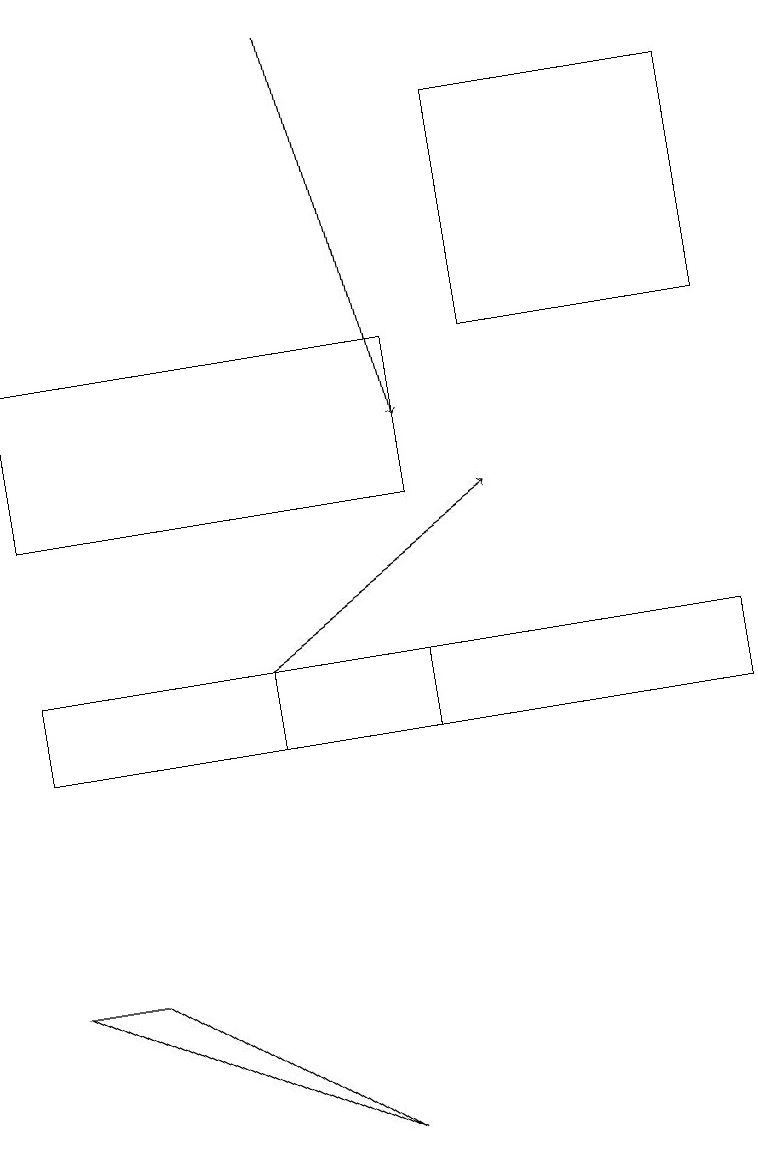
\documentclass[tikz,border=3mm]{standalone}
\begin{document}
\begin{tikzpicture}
\draw[->] (3,11) -- (6,13);
\draw[->] (4,19) -- (5,14);
\draw (9,11) rectangle (0,10);
\draw (5,15) rectangle (0,13);
\draw (5,10) rectangle (3,11);
\draw (4,5) -- (0,7) -- (1,7) -- cycle;
\draw (6,15) rectangle (9,18);
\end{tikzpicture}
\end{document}